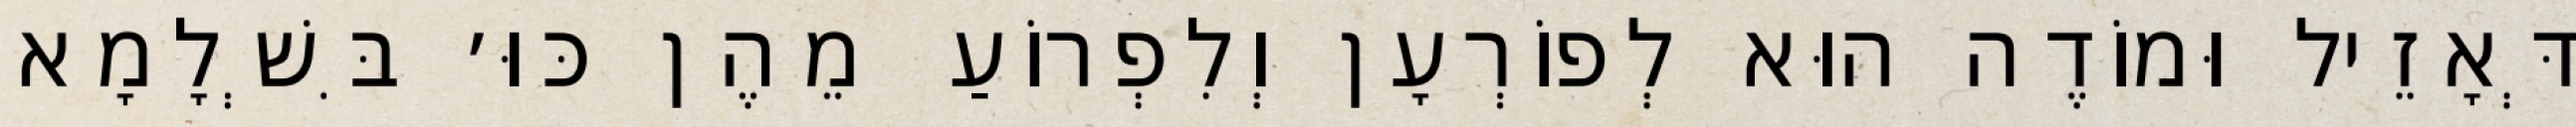
דְּאָזֵיל וּמוֹדֶה הוּא לְפוֹרְעָן וְלִפְרוֹעַ מֵהֶן כּוּ׳ בִּשְׁלָמָא